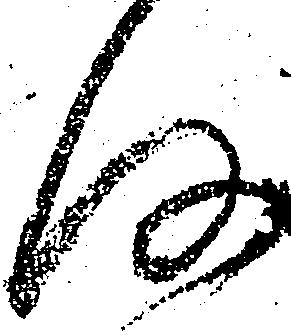
存